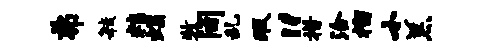
弗敏粮蝎牧间乱瑕“措洽榴小羔